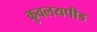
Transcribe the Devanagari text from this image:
कुवलयपीड